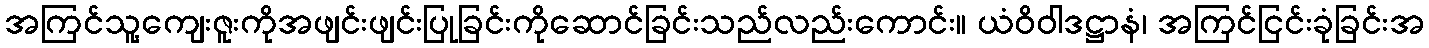
အကြင်သူ့ကျေးဇူးကိုအဖျင်းဖျင်းပြုခြင်းကိုဆောင်ခြင်းသည်လည်းကောင်း။ ယံဝိဝါဒဋ္ဌာနံ၊ အကြင်ငြင်းခုံခြင်းအ